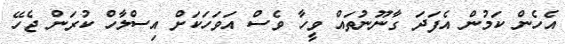
އެހެން ކަމުން އެފަދަ ގާނޫނުތައް ވީހާ ވެސް އަވަހަކަށް އިސްލާހް ކުރަން ޖެހޭ